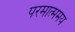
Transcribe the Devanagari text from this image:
परमात्ममय